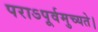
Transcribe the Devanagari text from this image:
पराऽपूर्वमुच्यते।